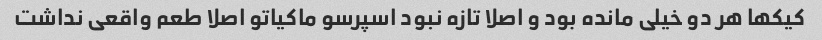
کیکها هر دو خیلی مانده بود و اصلا تازه نبود اسپرسو ماکیاتو اصلا طعم واقعی نداشت